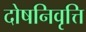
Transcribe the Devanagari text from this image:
दोषनिवृत्ति